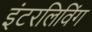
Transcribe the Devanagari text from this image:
इंटरलिविंग